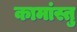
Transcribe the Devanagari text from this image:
कामांस्तु